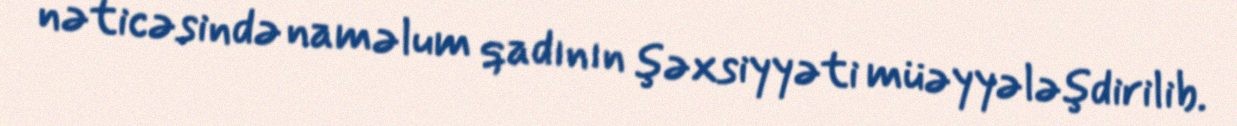
nəticəsində naməlum qadının şəxsiyyəti müəyyələşdirilib.